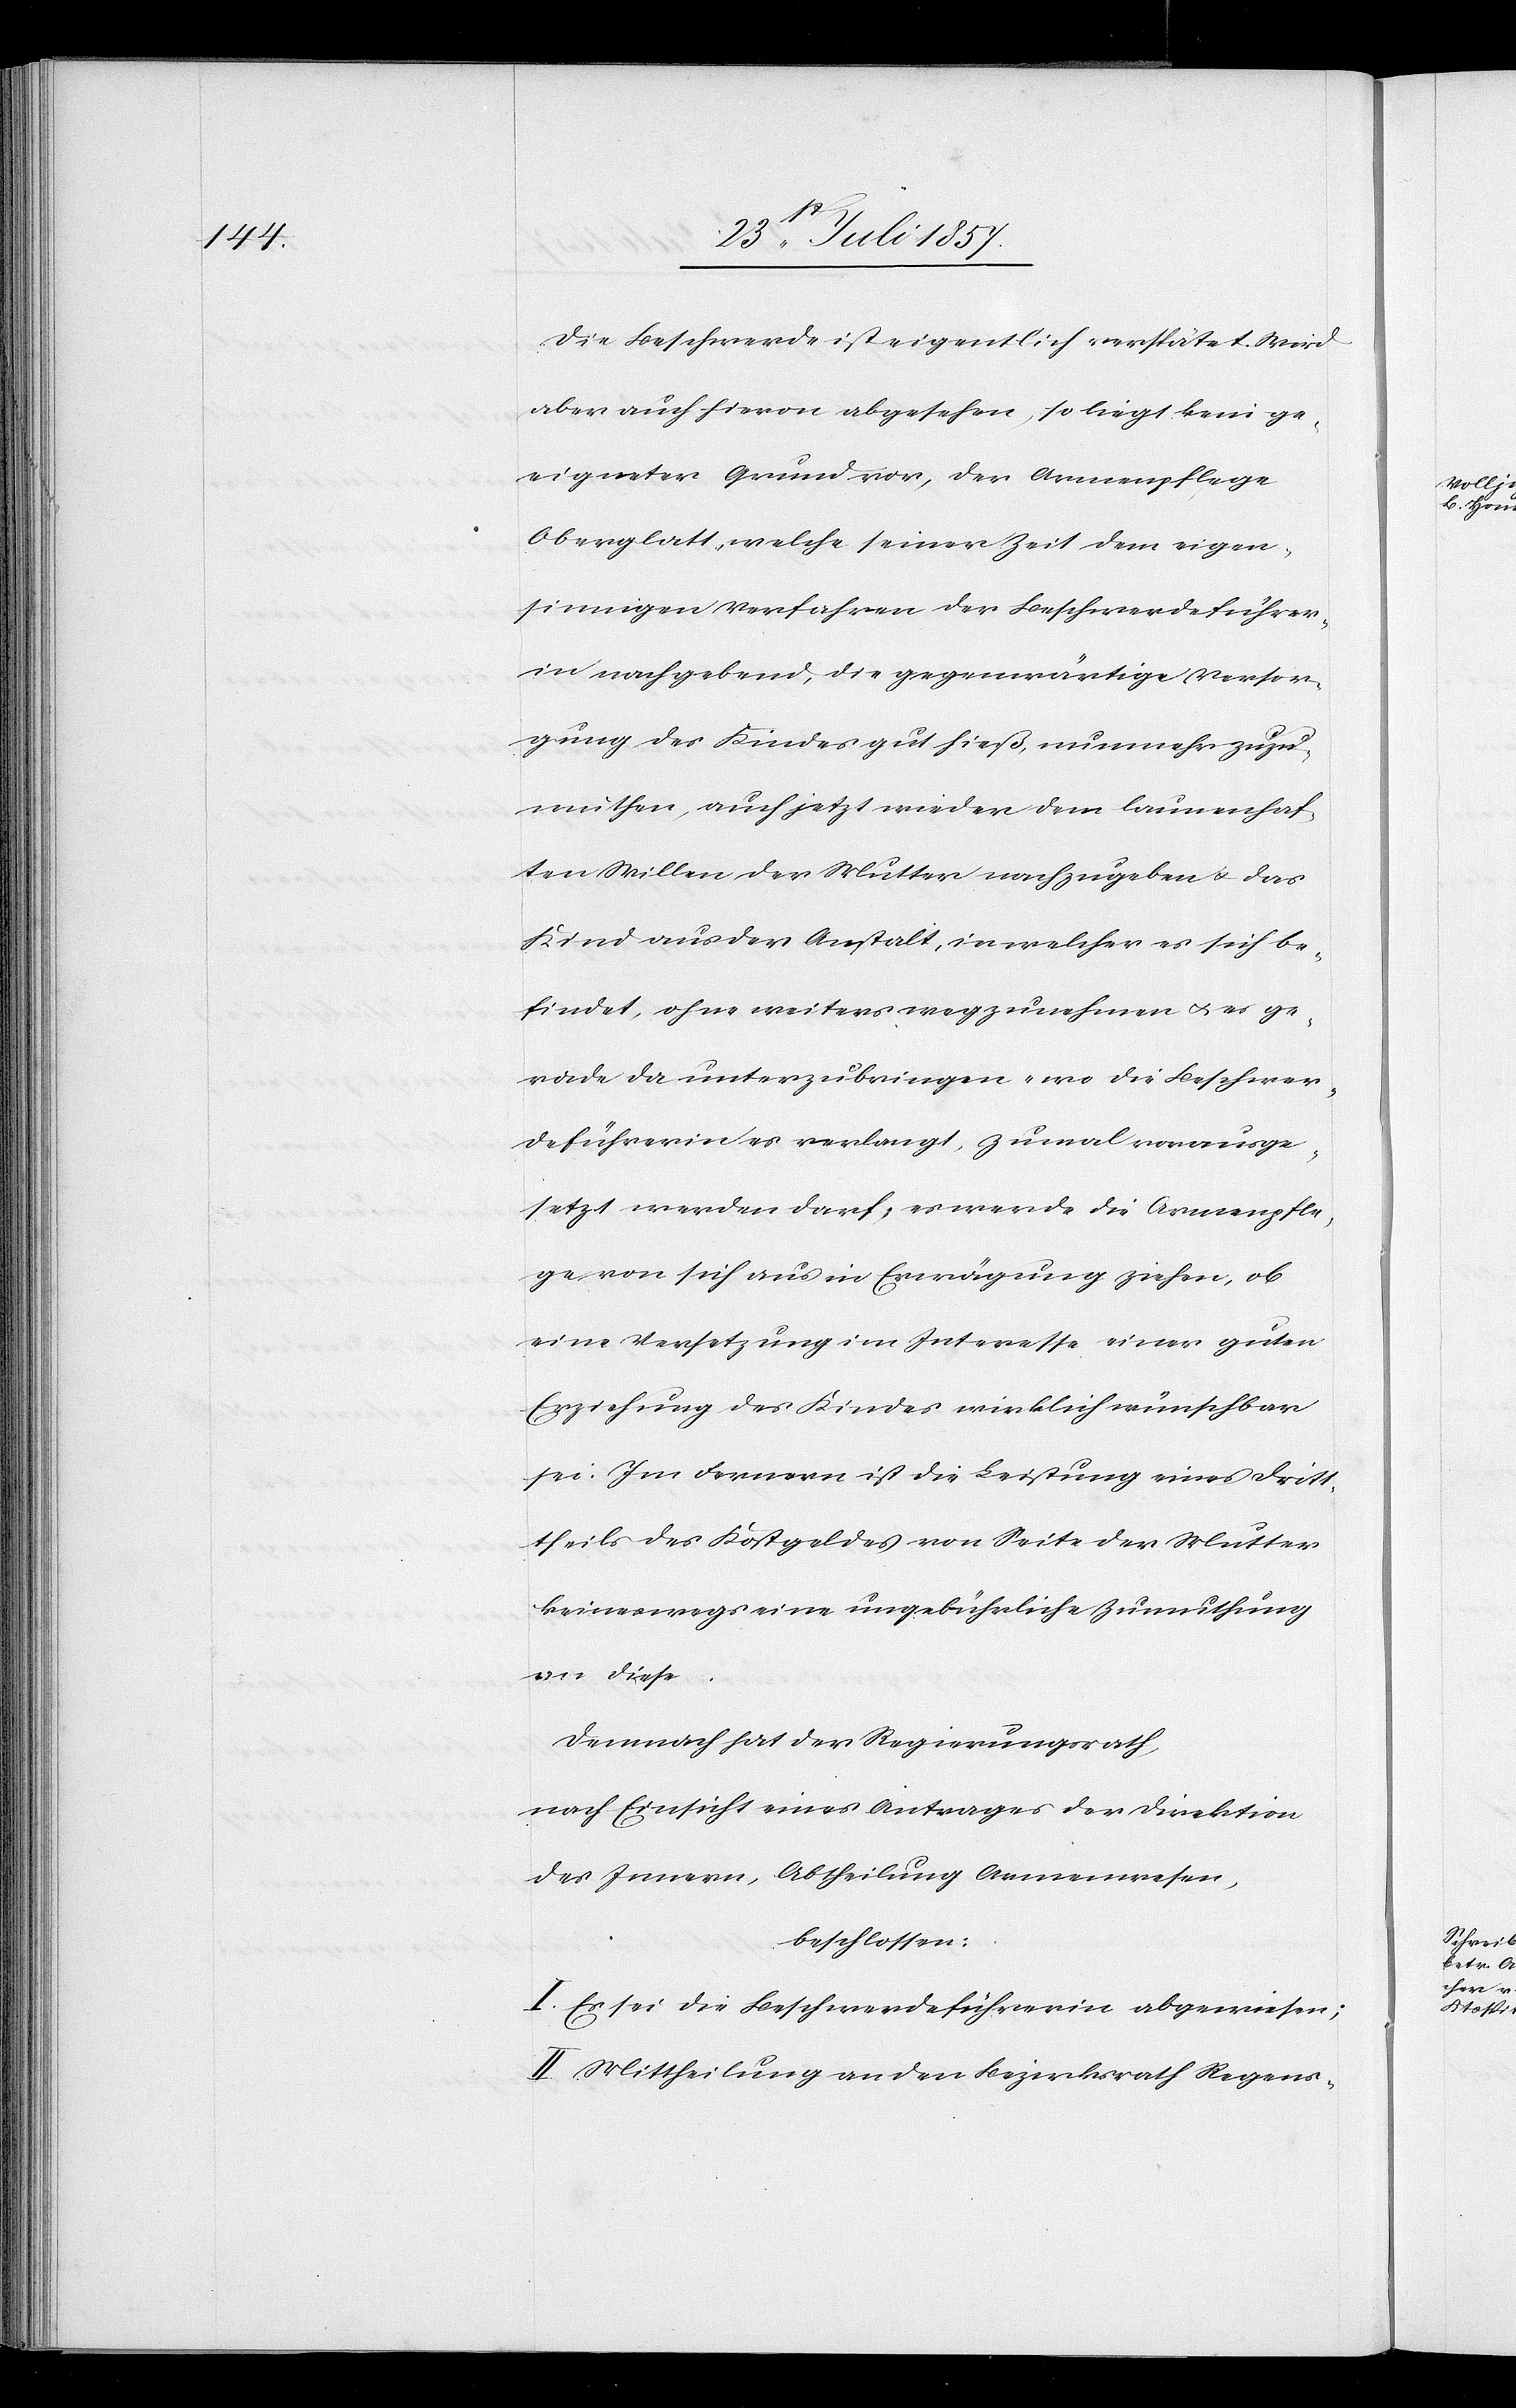
Die Beschwerde ist eigentlich verspätet. Wird
aber auch hievon abgesehen, so liegt kein ge¬
eigneter Grund vor, der Armenpflege
Oberglatt welche seiner Zeit dem eigen¬
sinnigen Verfahren der Beschwerde früherh¬
in nachgebend, die gegenwärtige Versor¬
gung des Kindes gut hieß, nunmehr zuzu¬
muthen, auch jetzt wieder dem launenhaf¬
ten Willen der Mutter nachzugeben & das
Kind aus der Anstalt, in welcher es sich be¬
findet, ohne weiteres wegzunehmen & es ge¬
rade da unterzubringen „wo die Beschwer¬
deführerin es verlangt“, zumal vorausge¬
setzt werden darf, es werde die Armenpfle¬
ge von sich aus in Erwägung ziehen, ob
eine Versetzung im Interesse einer guten
Erziehung des Kindes wirklich wünschbar
sei: Im Fernern ist die Leistung eines Drit¬
theils des Kostgeldes von Seite der Mutter
keineswegs eine ungebührliche Zumuthung
an diese.
Demnach hat der Regierungsrath,
nach Einsicht eines Antrages der Direktion
des Innern, Abtheilung Armenwesen,
beschlossen:
I. Es sei die Beschwerdeführerin abgewiesen;
II. Mittheilung an den Bezirksrath Regens-